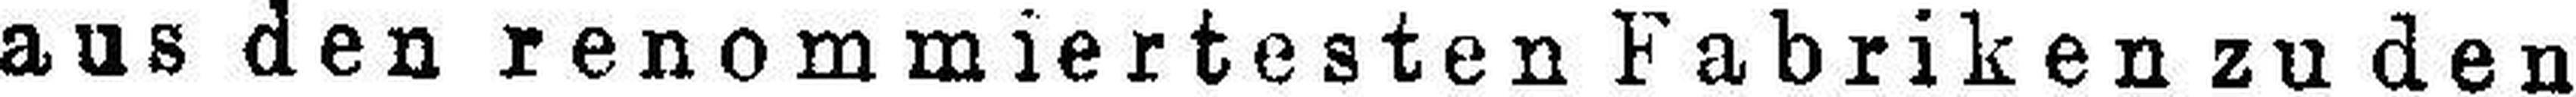
aus den renommiertesten Fabriken zu den